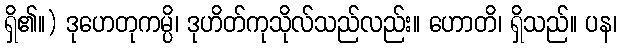
ရှိ၏။) ဒုဟေတုကမ္ပိ၊ ဒုဟိတ်ကုသိုလ်သည်လည်း။ ဟောတိ၊ ရှိသည်။ ပန၊